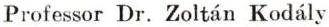
Professor Dr. Zoltán Kodály